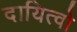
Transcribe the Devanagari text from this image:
दायित्वो